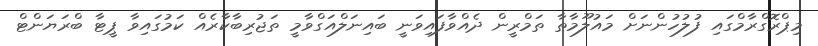
މިޕްރޮގްރާމްގައި ފުލުހުންނަށް މައުލޫމާތާ ތަމްރީން ދެއްވާފައިވަނީ ބައިނަލްއަގްވާމީ ތަޖުރިބާކާރެއް ކަމުގައިވާ ޕީޓާ ބްރަޔަންޓް